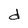
Character: d